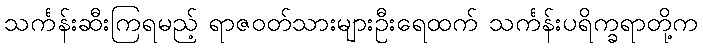
သင်္ကန်းဆီးကြရမည့် ရာဇဝတ်သားများဦးရေထက် သင်္ကန်းပရိက္ခရာတို့က